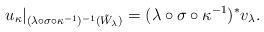
LaTeX: \begin{align*}u_{\kappa}|_{(\lambda\circ \sigma\circ\kappa^{-1})^{-1}(\tilde W_\lambda)}=(\lambda\circ \sigma\circ\kappa^{-1})^*v_\lambda.\end{align*}